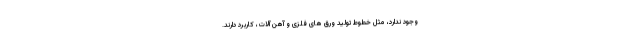
وجود ندارد، مثل خطوط تولید ورق های فلزی و آهن آلات، کاربرد دارند.